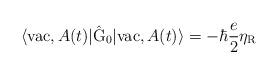
LaTeX: \begin{align*}\langle {\rm vac},A(t)| \hat{\rm G}_0 | {\rm vac},A(t) \rangle= - \hbar \frac{e}{2} {\eta}_{\rm R}\end{align*}